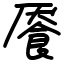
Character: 餍